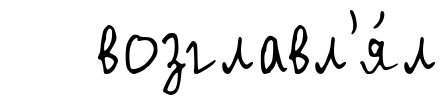
возглавл'я́л